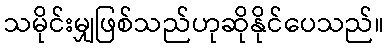
သမိုင်းမျှဖြစ်သည်ဟုဆိုနိုင်ပေသည်။